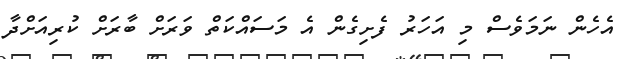
އެހެން ނަމަވެސް މި އަހަރު ފެށިގެން އެ މަސައްކަތް ވަރަށް ބާރަށް ކުރިއަށްދާ